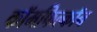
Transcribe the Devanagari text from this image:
कॉमफिल्कॉन